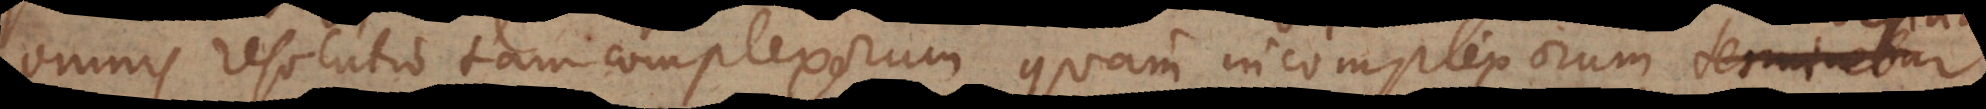
omnis resolutio tam complexorum quam incomplexorum, desinat